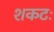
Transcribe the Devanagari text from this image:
शकटः